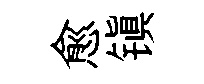
愈镇